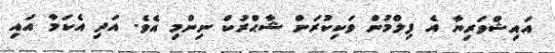
އައިޝްވަރިޔާ އެ ފިލްމުން ވަކިކުރަން ޝާޙްރުކް ނިންމި އެވެ. އަދި އެކަމާ އައި